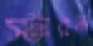
স্টারন